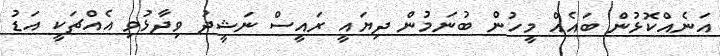
އަނެއްކޮޅުން ބައެއް މީހުން ބުނަމުން ދިޔައީ ރައީސް ނަޝީދު ވިދާޅުވި އެއްޗަކީ އަޑު